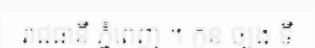
រាជធានី ភ្នំពេញ ។ កូន ច្បង ទី